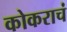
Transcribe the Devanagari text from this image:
कोकराचं